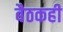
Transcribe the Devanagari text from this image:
बैठकही